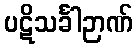
ပဋိသင်္ခါဉာဏ်